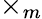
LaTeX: \times_{m}